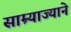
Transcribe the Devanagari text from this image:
साम्र्याज्याने